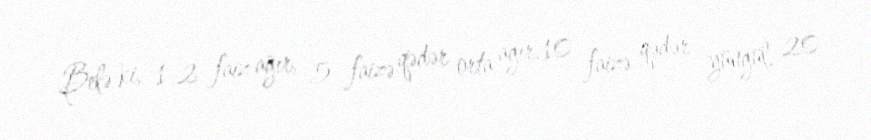
Belə ki, 1-2 faiz ağır, 5 faizə qədər orta ağır, 10 faizə qədər yüngül, 20